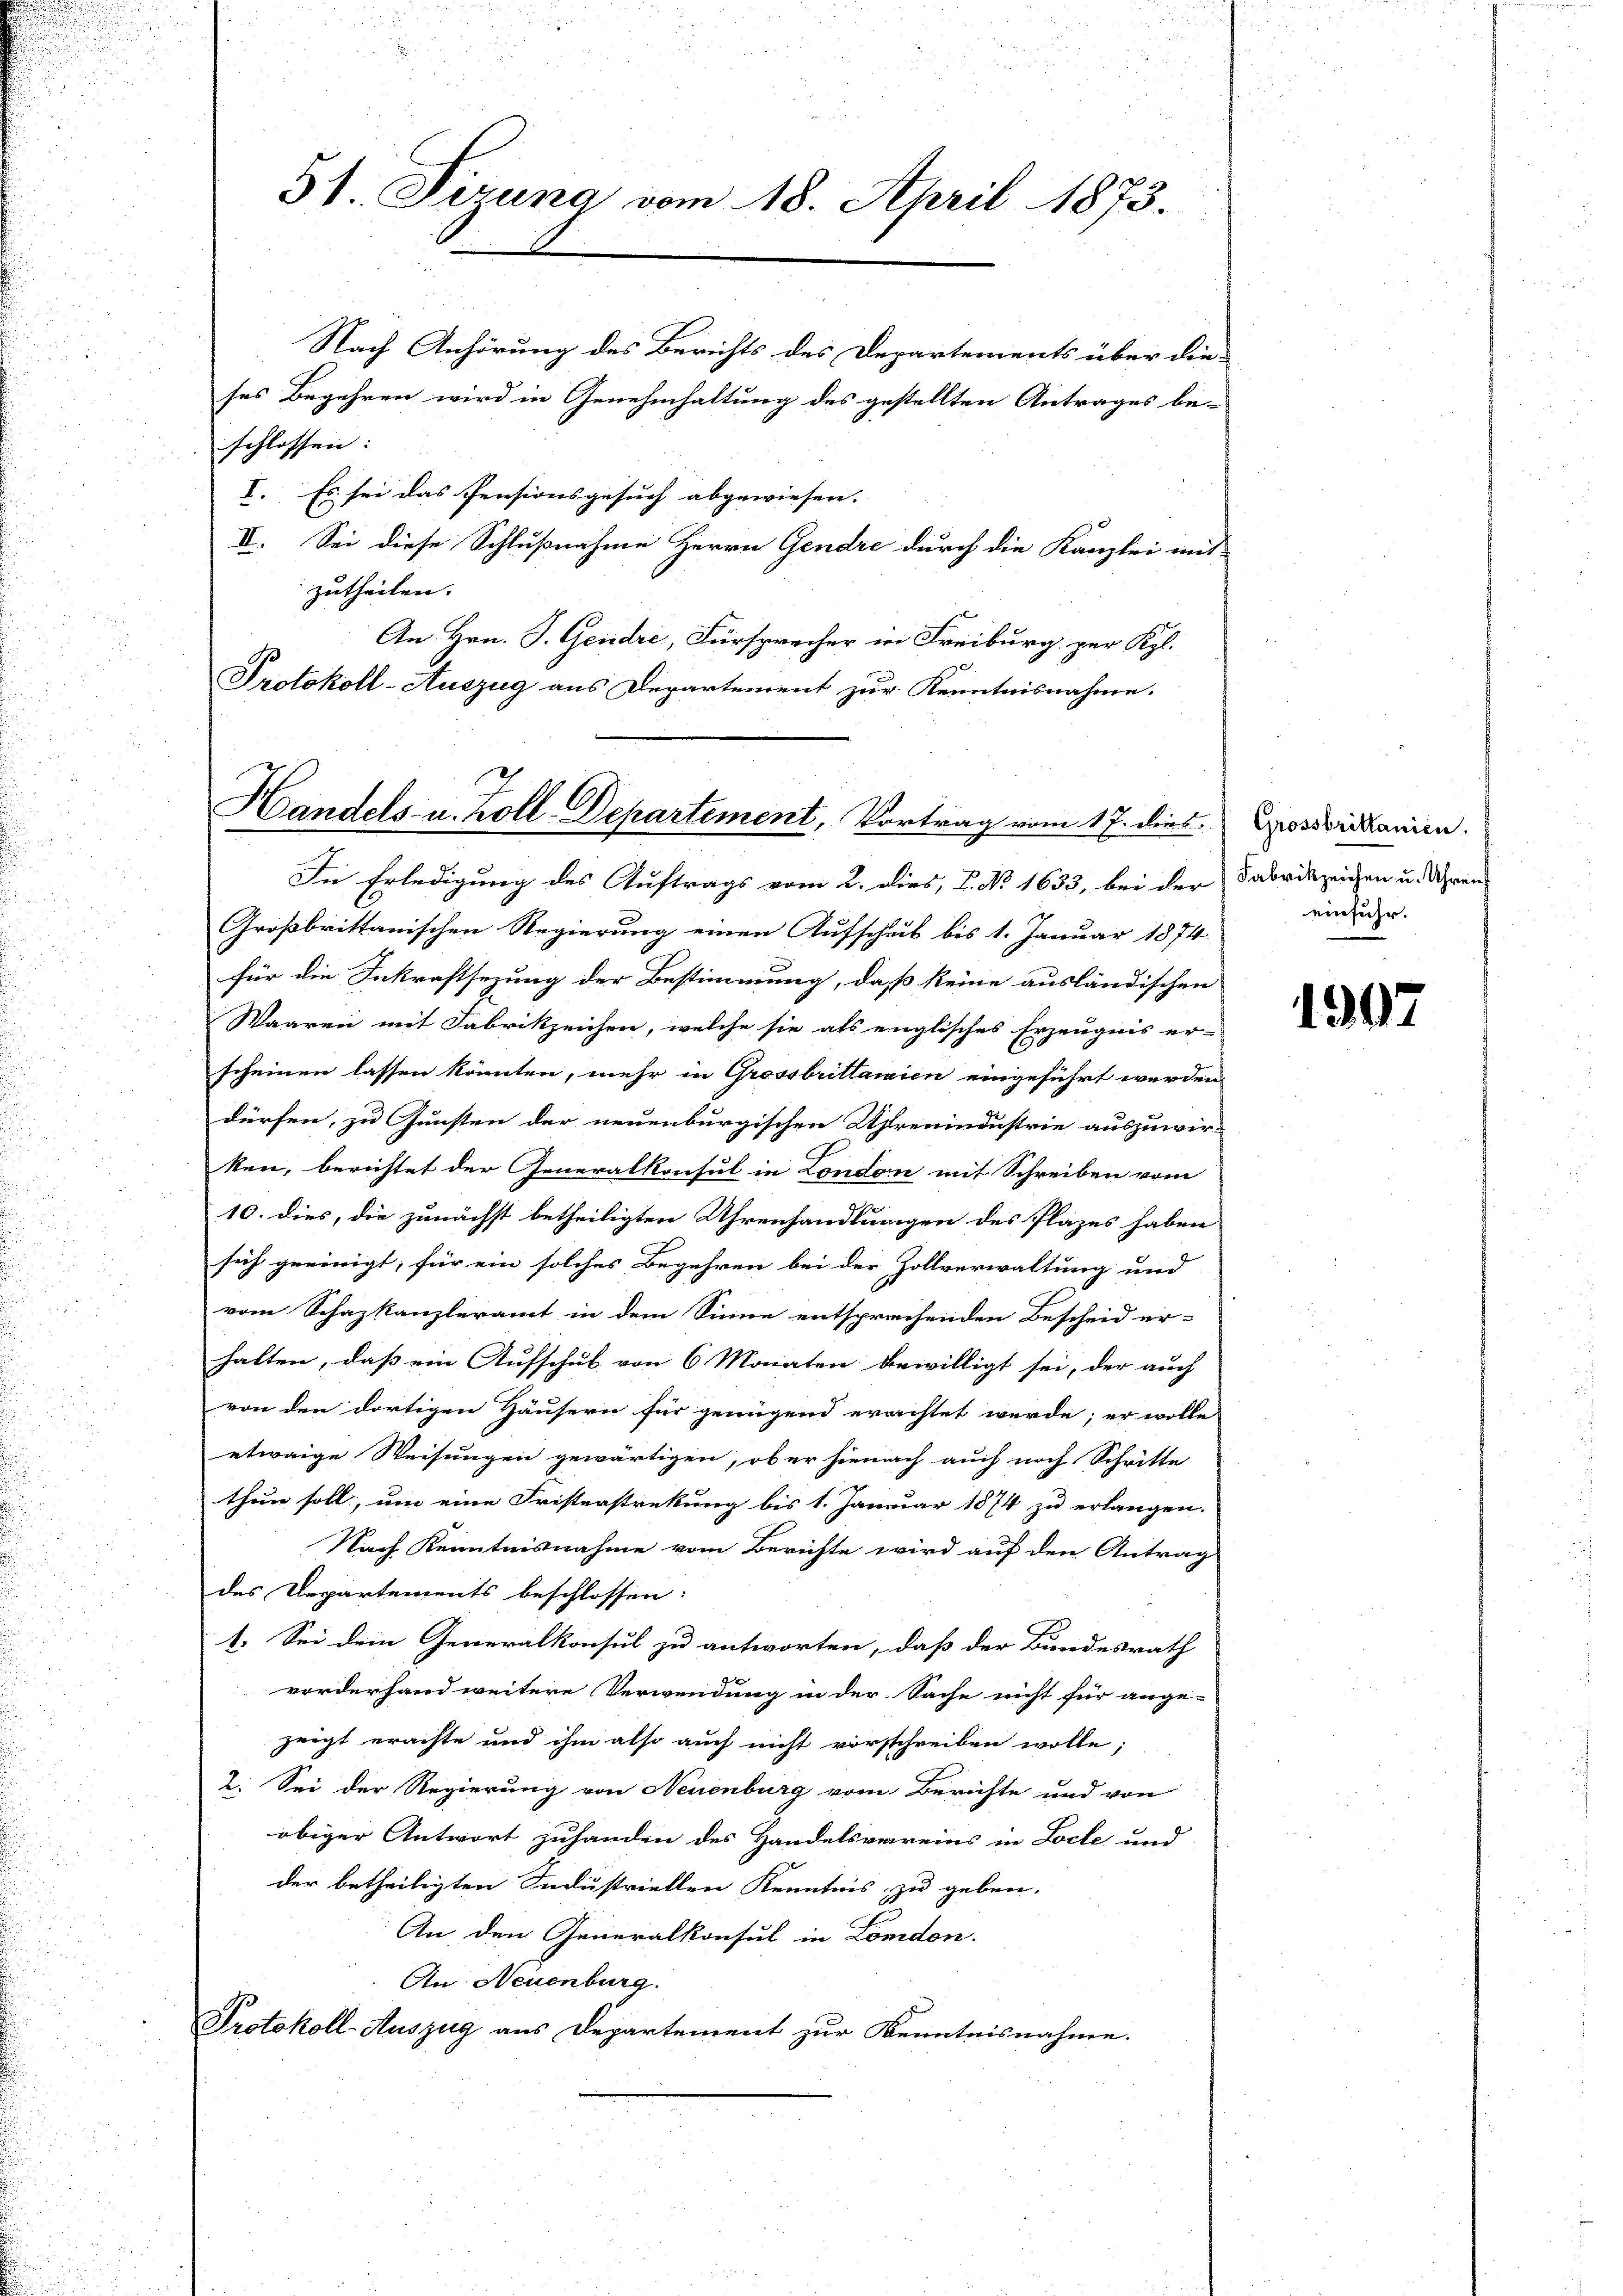
Nach Anhörung des Berichts des Departements über dieses Begehren wird in Genehmhaltung des gestellten Antrages be-
schlossen:
V. Es sei das Pensionsgesuch abgewiesen.
II. Sei diese Schlußnahme Herrn Gendre durch die Kanzlei mit
zutheilen.
An Hrn. J. Gendre, Fürsprecher in Freiburg, per Kgl.
Protokoll-Auszug aus Departement zur Kenntnisnahme.

51. Sirung vom 18. April 1873.

Handels- u. Zoll-Departement, Vortrag vom 17. dies

In Erledigung des Auftrags vom 2. dies, L. No 1633, bei der Fabrikzeichen u. Uhren-
Großbrittanischen Regierung einen Aufscheib bis 1. Januar 1874
für die Inkraftsezung der Bestimmung, daß keine ausländischen
Waaren mit Fabrikzeichen, welche sie als englisches Erzeugnis er-
scheinen lassen könnten, mehr in Grossbrittanien eingeführt werden
dürfen, zu Gunsten der neuenburgischen Uhrenindustrie auszuwir-
ken, berichtet der Generalkonsul in London mit Schreiben vom
10. dies, die zunächst betheiligten Uhrenhandlungen des Plazes haben
sich geeinigt, für ein solches Begehren bei der Zollverwaltung und
vom Schazkanzleramt in dem Sinne entsprechenden Bescheid er-
halten, daß ein Aufschub von 6 Monaten bewilligt sei, der auch
von den dortigen Häusern für genügend erachtet werde; er wolle
etwaige Weisungen gewärtigen, ob er hienach auch nach Schritte
thun soll, um eine Fristerstreckung bis 1. Januar 1874 zu erlangen.
Nach Kenntnisnahme vom Berichte wird auf den Antrag
des Departements beschlossen:
1. Sei dem Generalkonsul zu antworten, daß der Bundesrath
vorderhand weitere Verwendung in der Sache nicht für ange-
zeigt erachte und ihm also auch nicht vorschreiben wolle;
2. Sei der Regierung von Neuenburg vom Berichte und von
obiger Antwort zuhanden des Handelsvereins in Loche und
der betheiligten Industriellen Kenntnis zu geben.
An den Generalkonsul in London.
An Neuenburg.
Protokoll-Auszug aus Departement zur Kenntnisnahme.

Grossbrittanien.
einfuhr.

1992